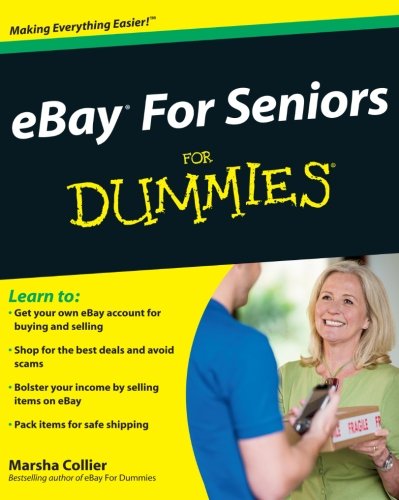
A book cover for eBay For Seniors For Dummies; Marsha Collier; Computers & Technology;